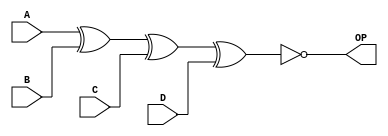
/* module odd_parity_generator
*
*  Purpose: Generates an ODD parity bit to output
*
*  Input: Four inputs A,B,C,D
*  Output: Odd parity bit output OP
*  Student: Jonathan Boryla
*		    
*/
module odd_parity_generator (A,B,C,D,OP); //module name and port list

	input wire A,B,C,D;	//inputs
	output wire OP;		//outputs

	assign OP = ~(A^B^C^D);	//XNOR A,B,C,D to produce an odd parity bit OP

endmodule